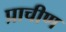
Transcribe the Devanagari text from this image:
प्राचीण